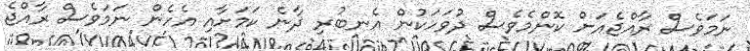
ނަމަވެސް ރާއްޖެއަށް ކޮންމެވެސް ދުވަހަކުން އެނބުރި ދާނެ ކަމަށާއި އެހެން ނަމަވެސް ރާއްޖެ